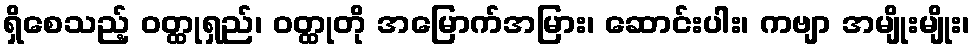
ရှိစေသည့် ဝတ္ထုရှည်၊ ဝတ္ထုတို အမြောက်အမြား၊ ဆောင်းပါး၊ ကဗျာ အမျိုးမျိုး၊